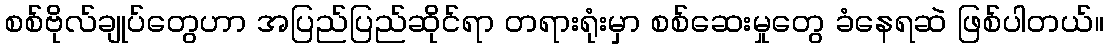
စစ်ဗိုလ်ချုပ်တွေဟာ အပြည်ပြည်ဆိုင်ရာ တရားရုံးမှာ စစ်ဆေးမှုတွေ ခံနေရဆဲ ဖြစ်ပါတယ်။